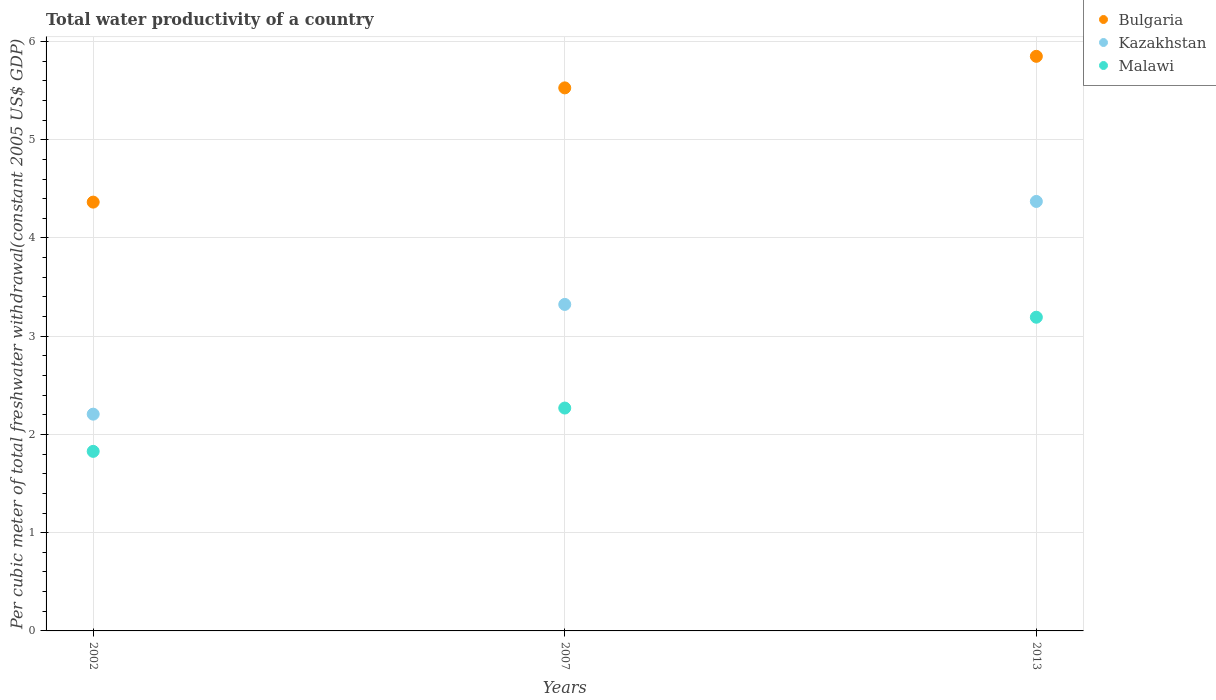
| Years | Bulgaria | Kazakhstan | Malawi |
 | --- | --- | --- | --- |
 | 2002 | 4.37 | 2.21 | 1.83 |
 | 2007 | 5.53 | 3.32 | 2.27 |
 | 2013 | 5.85 | 4.37 | 3.19 |